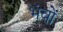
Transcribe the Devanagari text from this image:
भंवों